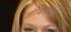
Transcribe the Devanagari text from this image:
जीवनवाले